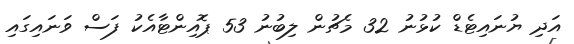
އަދި ޔުނައިޓެޑް ކުޅުނު 32 މެޗުން ލިބުނު 53 ޕޮއިންޓާއެކު ފަސް ވަނައިގައި